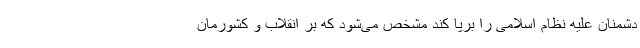
دشمنان علیه نظام اسلامی را برپا کند مشخص می‌شود که بر انقلاب و کشورمان